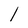
Character: l